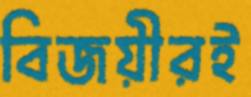
বিজয়ীরই